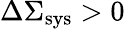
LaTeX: \Delta\Sigma_{\mathrm{sys}}>0